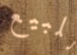
للبيع